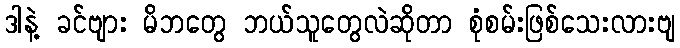
ဒါနဲ့ ခင်ဗျား မိဘတွေ ဘယ်သူတွေလဲဆိုတာ စုံစမ်းဖြစ်သေးလားဗျ